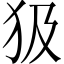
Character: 𤜯